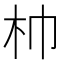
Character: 𣏑